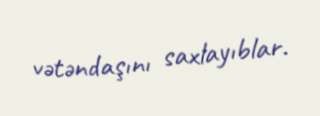
vətəndaşını saxlayıblar.